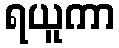
ရယူကာ